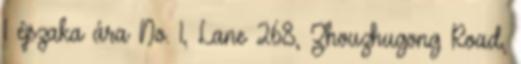
1 éjszaka ára No. 1, Lane 268, Zhouzhugong Road,